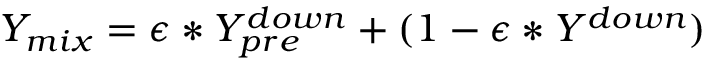
Y _ { m i x } = \epsilon * Y _ { p r e } ^ { d o w n } + ( 1 - \epsilon * Y ^ { d o w n } )